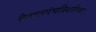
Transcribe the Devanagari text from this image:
वैतालपंचर्विशतिका